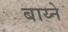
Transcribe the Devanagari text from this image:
बाय्ने